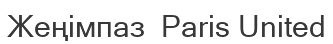
Жеңімпаз  Paris United